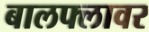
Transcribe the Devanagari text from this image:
बालफ्लावर